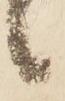
候